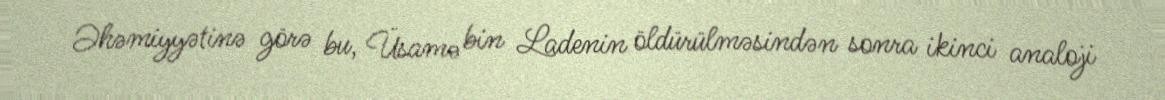
Əhəmiyyətinə görə bu, Üsamə bin Ladenin öldürülməsindən sonra ikinci analoji